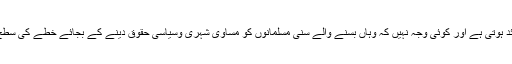
یہی ذمہ داری شیعہ اکثریتی ملکوں پر بھی عائد ہوتی ہے اور کوئی وجہ نہیں کہ وہاں بسنے والے سنی مسلمانوں کو مساوی شہری وسیاسی حقوق دینے کے بجائے خطے کی سطح پر جاری سیاسی کشمکش کی سزا دی جائے۔